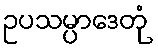
ဥပသမ္ပာဒေတုံ